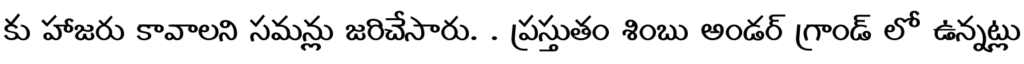
కు హాజరు కావాలని సమన్లు జరిచేసారు. . ప్రస్తుతం శింబు అండర్ గ్రాండ్ లో ఉన్నట్లు